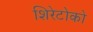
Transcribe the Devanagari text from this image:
शिरेटोको